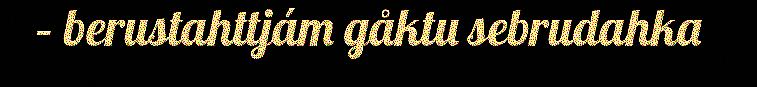
– berustahttjám gåktu sebrudahka